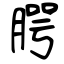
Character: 腭